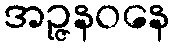
အဉ္ဇနဝနေ